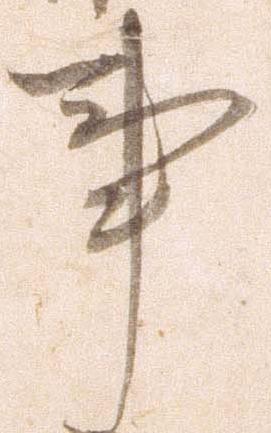
事